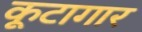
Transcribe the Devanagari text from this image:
कूटागार